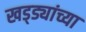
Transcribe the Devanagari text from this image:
खड्ड्यांच्या